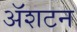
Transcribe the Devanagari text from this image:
ॲशटन